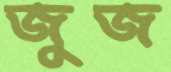
জুজ